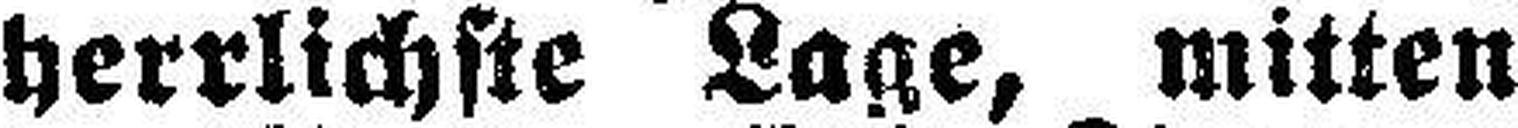
herrlichste Lage, mitten